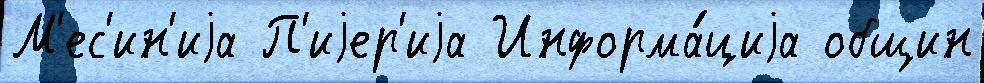
М'ес'ин'иjа П'иjер'иjа Информа́циjа общин